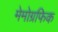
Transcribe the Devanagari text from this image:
मेमोग्रफिक